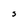
Character: S